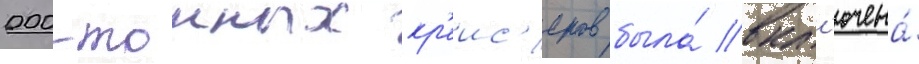
000-тонных кр'еис'еров была́ вкл'ючена́